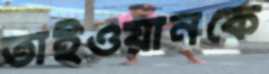
তাইওয়ানকে